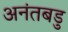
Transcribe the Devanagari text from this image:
अनंतबडु